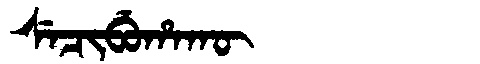
Manchu: ᠰᡝᠴᡳᠪᡠᡥᠠᡴᡡ
Romanization: SECIBUHAKŪ